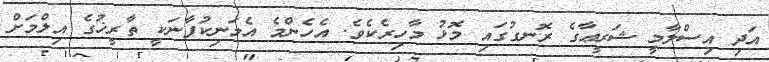
އަދި އިސްލާމީ ޝަރީޢާގެ ރޮނގުގައި މޮޅު މާހިރެކެވެ. އެހެންމެ އެމަނިކުފާނަކީ ތާރީޚުގެ އިލްމަށް